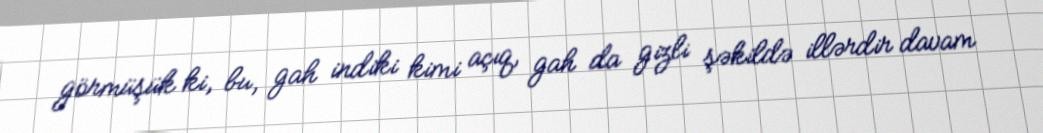
görmüşük ki, bu, gah indiki kimi açıq, gah da gizli şəkildə illərdir davam